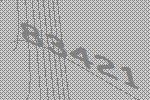
83421